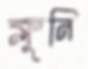
ক্লুনি